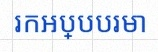
រកអប្បបរមា